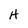
Character: H